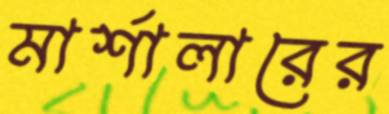
মার্শালারের